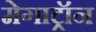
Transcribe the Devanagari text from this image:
मेगाट्रॉन